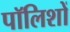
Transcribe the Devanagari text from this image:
पॉलिशों